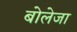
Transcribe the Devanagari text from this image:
बोलेजा